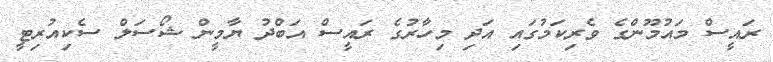
ރައީސް މައުމޫންގެ ވެރިކަމުގައި އަދި މިހާރުގެ ރައީސް އަބްދު ޔާމީން ޝޯސަލް ސެކިއުރިޓީ